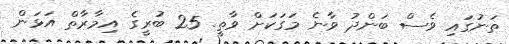
ތަނުގައި ވެސް ބަންދު ވާނެ މަގަކަށް ވާތީ. 25 ބުރީގެ އިމާރާތް އަޅަން